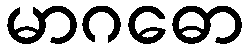
မာဂဓော